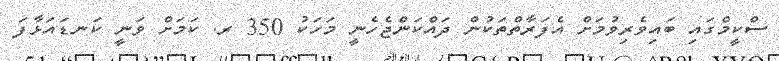
ސްކީމްގައި ބައިވެރިވުމަށް އެފަރާތްތަކުން ދައްކަންޖެހެނީ މަހަކު 350 ރ. ކަމަށް ވަނީ ކަނޑައަޅާފަ